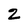
Character: 2